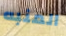
المنبه